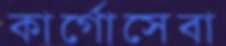
কার্গোসেবা